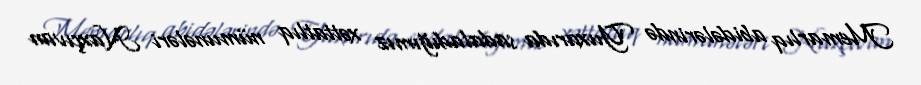
Memarlıq abidələrində Yuxarıda sadaladığımız xəttatlıq nümunələri Naxçıvan